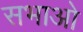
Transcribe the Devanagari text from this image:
सभाओ